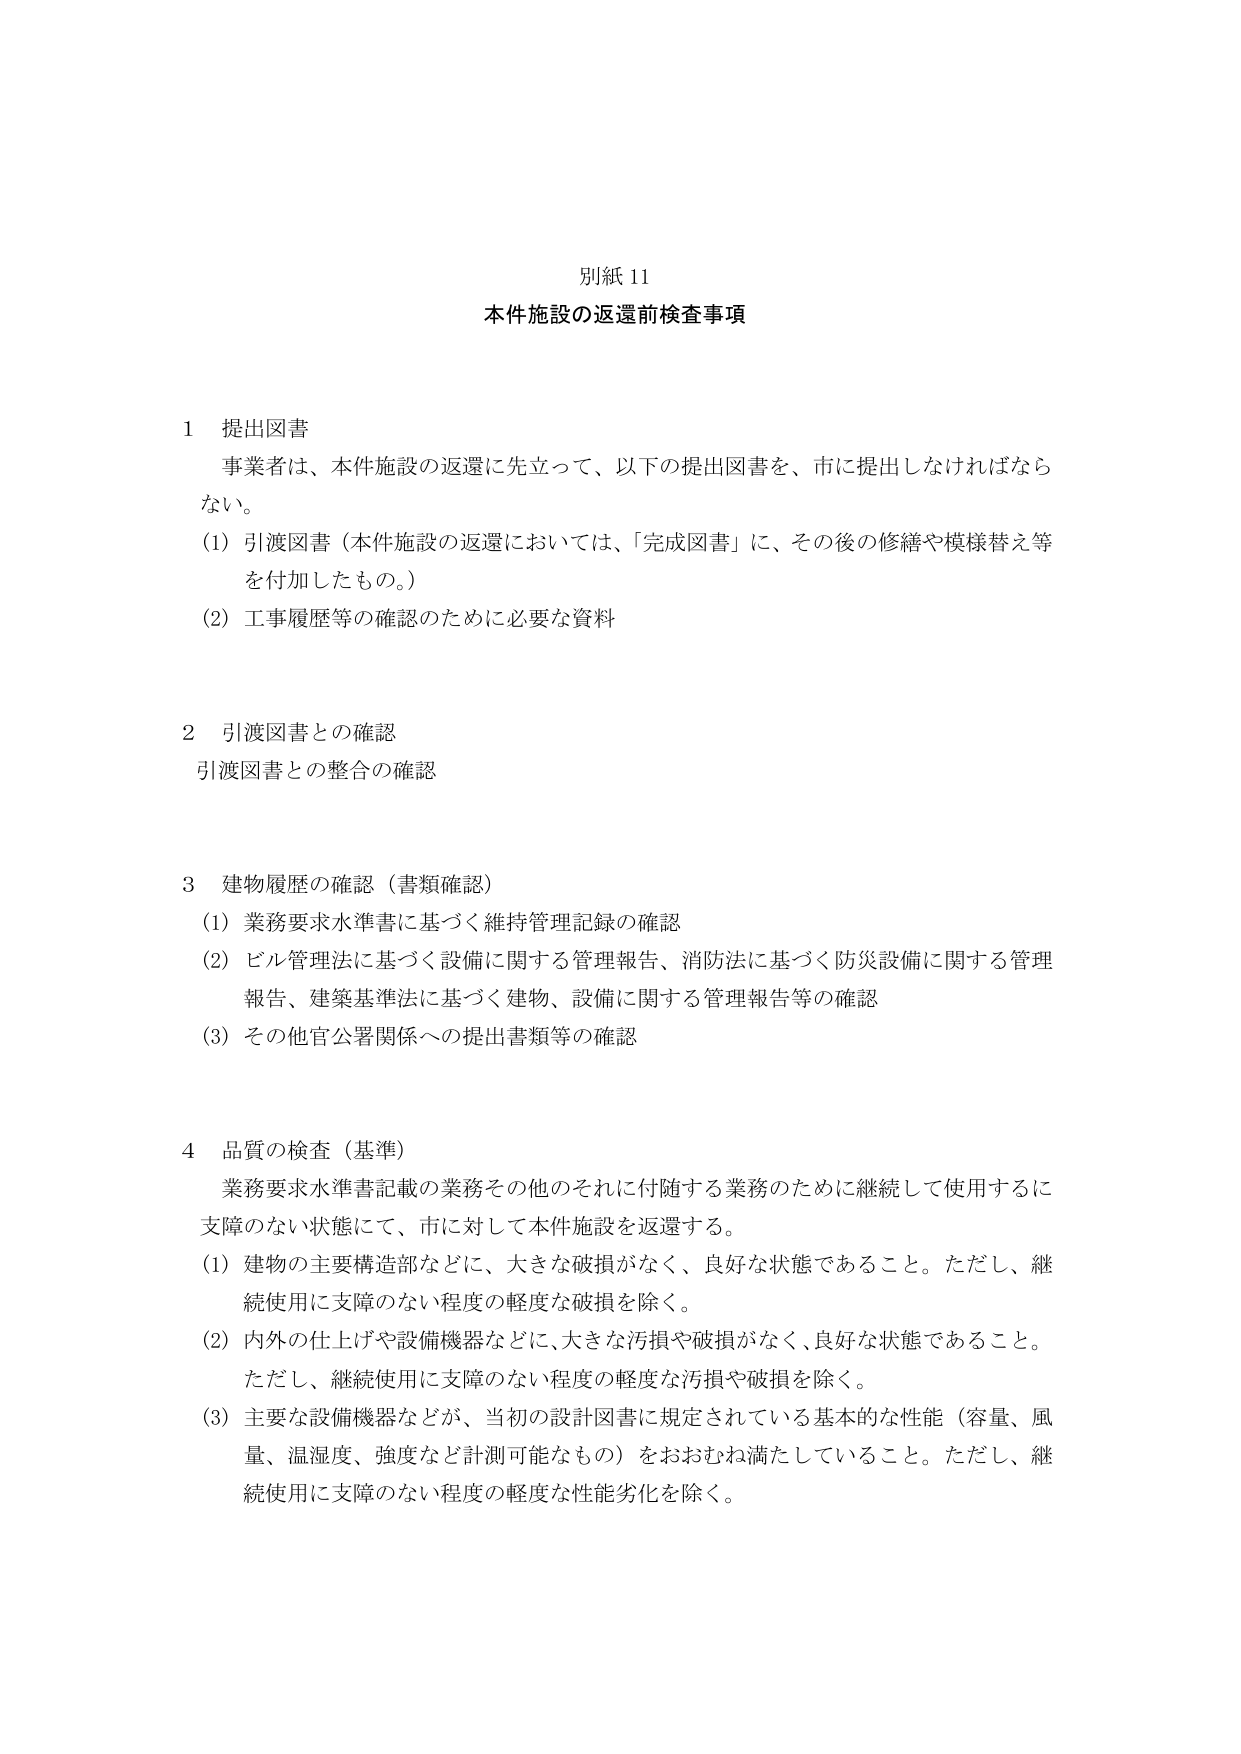
別紙 11
本件施設の返還前検査事項

1 提出図書
事業者は、本件施設の返還に先立って、以下の提出図書を、市に提出しなければならない。
(1) 引渡図書（本件施設の返還においては、「完成図書」に、その後の修繕や模様替え等を付加したもの。）
(2) 工事履歴等の確認のために必要な資料

2 引渡図書との確認
引渡図書との整合の確認

3 建物履歴の確認（書類確認）
(1) 業務要求水準書に基づく維持管理記録の確認
(2) ビル管理法に基づく設備に関する管理報告、消防法に基づく防災設備に関する管理報告、建築基準法に基づく建物、設備に関する管理報告等の確認
(3) その他官公署関係への提出書類等の確認

4 品質の検査（基準）
業務要求水準書記載の業務その他のそれに付随する業務のために継続して使用するに支障のない状態にて、市に対して本件施設を返還する。
(1) 建物の主要構造部などに、大きな破損がなく、良好な状態であること。ただし、継続使用に支障のない程度の軽度な破損を除く。
(2) 内外の仕上げや設備機器などに、大きな汚損や破損がなく、良好な状態であること。ただし、継続使用に支障のない程度の軽度な汚損や破損を除く。
(3) 主要な設備機器などが、当初の設計図書に規定されている基本的な性能（容量、風量、温湿度、強度など計測可能なもの）をおおむね満たしていること。ただし、継続使用に支障のない程度の軽度な性能劣化を除く。